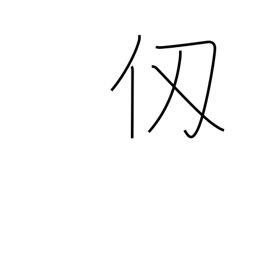
Meaning: fathom